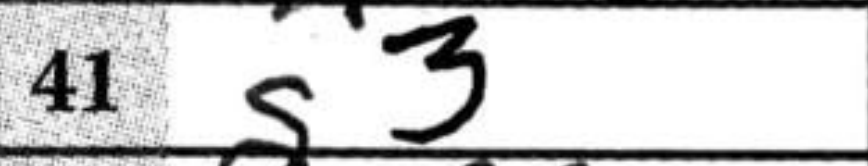
Transcription: g3